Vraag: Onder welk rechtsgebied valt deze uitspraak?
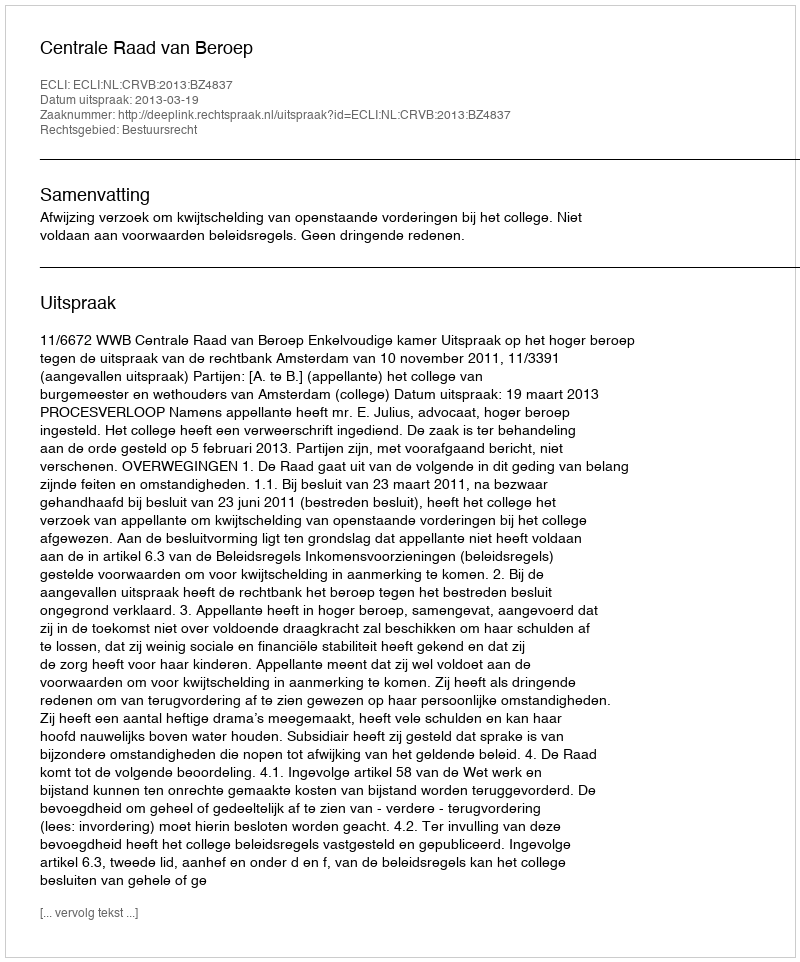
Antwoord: Bestuursrecht